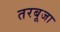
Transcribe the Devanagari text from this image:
तरबूजा